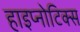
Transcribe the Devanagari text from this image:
हाइप्नोटिक्स